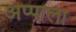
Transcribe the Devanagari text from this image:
अप्पाला